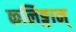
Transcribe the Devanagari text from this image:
कलिङ्गान्‌